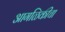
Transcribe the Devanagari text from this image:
आगळिकीचा